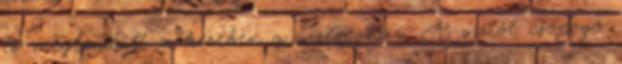
és meglendült a kezében a vizespohár. A víztől csöpögő